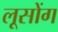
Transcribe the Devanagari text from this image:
लूसोंग